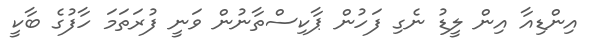
އިންޑިއާ އިން ލީޑު ނެގި ފަހުން ޕާކިސްތާނުން ވަނީ ފުރަތަމަ ހާފުގެ ބާކީ